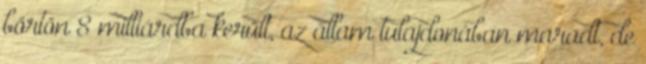
börtön 8 milliárdba került, az állam tulajdonában maradt, de